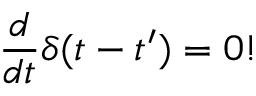
\frac { d } { d t } \delta ( t - t ^ { \prime } ) = 0 !